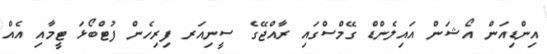
އިންޑިއަން އޯޝަން އައިލެންޑް ގޭމްސްގައި ރާއްޖޭގެ ސީނިއަރ ފިރިހެން ފުޓްބޯޅަ ޓީމާއި އެއް